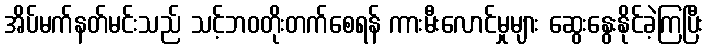
အိပ်မက်နတ်မင်းသည် သင့်ဘဝတိုးတက်စေရန် ကားမီးလောင်မှုများ ဆွေးနွေးနိုင်ခဲ့ကြပြီး